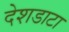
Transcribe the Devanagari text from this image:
देशडाटा